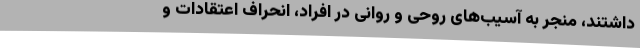
داشتند، منجر به آسیب‌های روحی و روانی در افراد، انحراف اعتقادات و